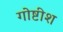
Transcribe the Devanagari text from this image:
गोष्टीश